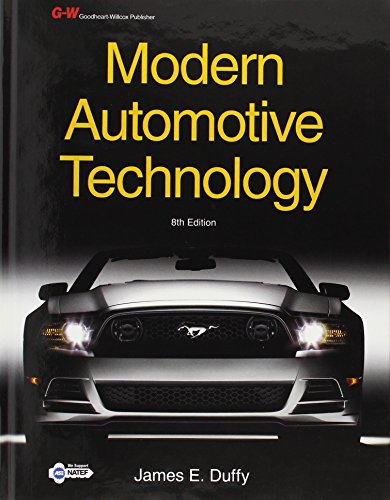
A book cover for Modern Automotive Technology; James E. Duffy; Engineering & Transportation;